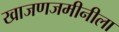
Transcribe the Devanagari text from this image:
खाजणजमीनीला